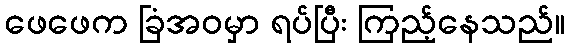
ဖေဖေက ခြံအဝမှာ ရပ်ပြီး ကြည့်နေသည်။